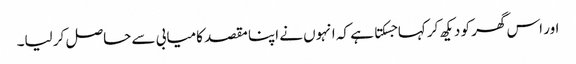
اور اس گھر کو دیکھ کر کہا جسکتا ہے کہ انہوں نے اپنا مقصد کامیابی سے حاصل کر لیا۔